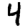
Digit: 4